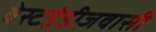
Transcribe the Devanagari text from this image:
वेस्टइंडीजवासी